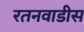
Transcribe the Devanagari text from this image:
रतनवाडीस